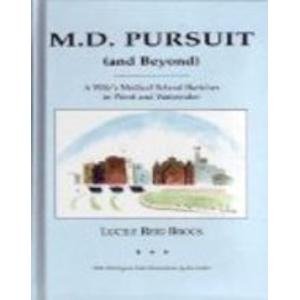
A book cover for M.D. Pursuit (and Beyond): A Wife's Medical School Sketches in Word and Watercolor; Lucile Reid Brock; Education & Teaching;